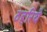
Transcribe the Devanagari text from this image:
ठहरिये